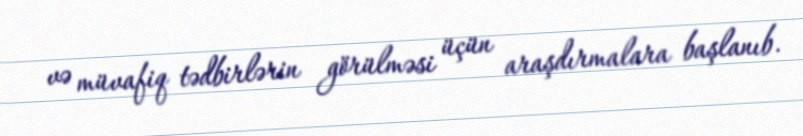
və müvafiq tədbirlərin görülməsi üçün araşdırmalara başlanıb.